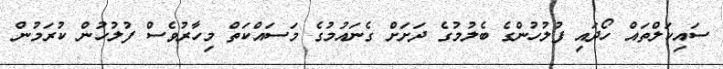
ސައިކަލްތައް ހޯދައި ފުލުހުންގެ ބެލުމުގެ ދަށަށް ގެނައުމުގެ މަސައްކަތް މިހާރުވެސް ފުލުހުން ކުރަމުން